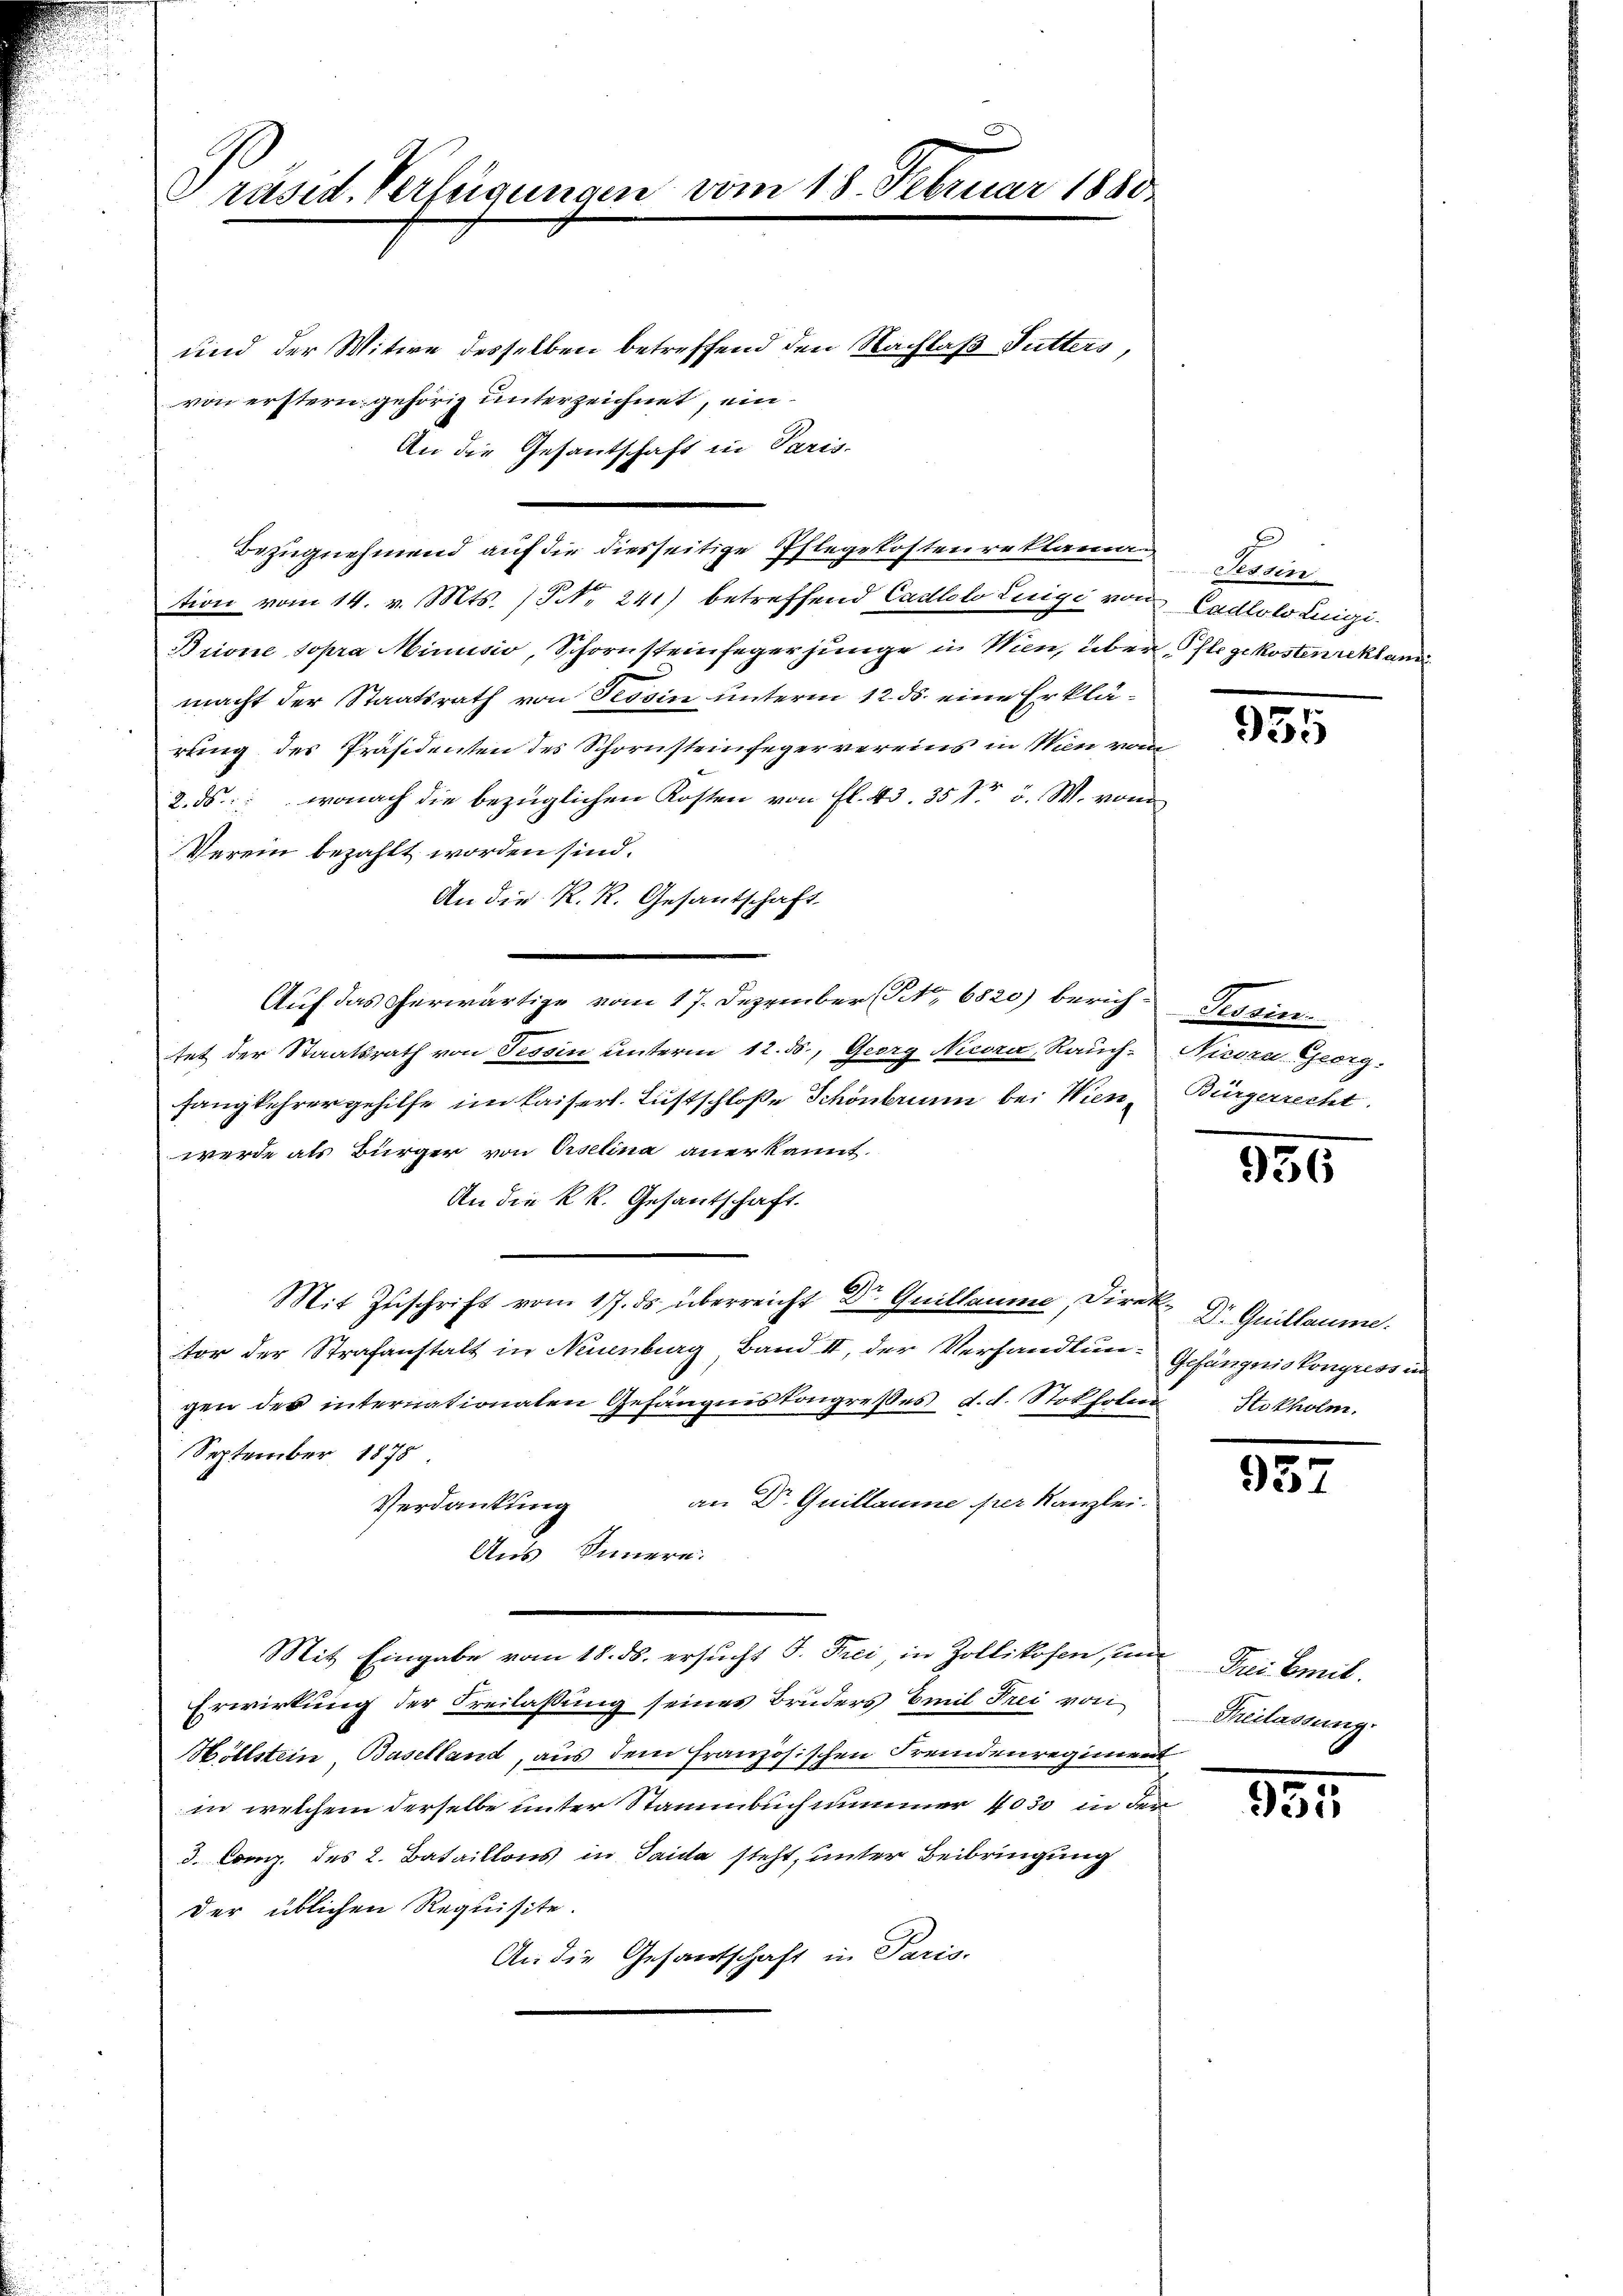
J
Präsid. Verfügungen vom 18. Februar 1880

und der Witwe desselben betreffend den Nachlaß Sutters,
von erstern gehörig unterzeichnet, ein¬
An die Gesantschaft in Paris.
Bezugnehmend auf die diesseitige Pflegekosten reklamun Tessin
tion vom 14. v. Mts. / NNo. 241) betreffend Cadtolo Luigi von Cadlobo Luigi¬
Brione sopra Minusio, Schornsteinfeger junge in Wien, über Pflegekosten reklan
macht der Staatsrath von Tessin unterm 12. ds. eine Erklärung des Präsidenten des Schornsteinfegervereins in Wien vom
2. ds. wonach die bezüglichen Kosten von fl. 43. 351 v. W. vom
Verein bezahlt worden sind.
An die R. R. Gesantschaft.
Auf das erwärtige vom 17. Dezember No 6820) berich Tessin
tet der Staatsrath von Tessin unterm 12. 55., Georg Nicora, Rauch-Nieden Georg.
fangkehrergehilfe im kaiserl. Lustschloße Schönbrunn bei Wien, Bürgerrecht
werde als Bürger von Orselina anerkannt.
An die kk. Gesantschaft.
Mit Zŭschrift vom 17. ds. überreicht Dr Guillaume, Direk Dr. Guillaume
tor der Strafanstalt in Neuenburg, Band II, der Verhandlun- Gefängniskongress in
gen des internationalen Gefängniskongreßes d. d. Stokholm Stokholm.
September 1875
an Dr. Guillaume per Kanzlei.
Verdankung
Aus Innern.
Mit Eingabe vom 18. ds. ersucht S. Frei, in Zollikofen, und drei Emil
Erwirkung der Freilassung seines Bruders Emil Frei von
Höllstein, Baselland, aus dem französischen Fremdenregiment
in welchem derselbe unter Stammbuch nimmer 1030 in den
3. Comp. des 2. Bataillons in Saita steht, unter Beibringung
der üblichen Requisite.
An die Gesandschaft in Paris.

955

956

957

Theilassung.

334.